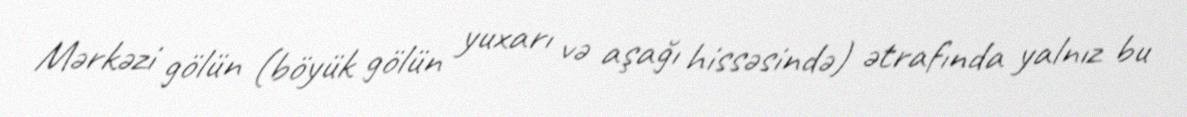
Mərkəzi gölün (böyük gölün yuxarı və aşağı hissəsində) ətrafında yalnız bu